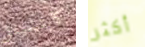
كابتشينو أكثر